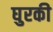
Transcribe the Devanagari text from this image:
घुरकी